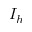
I _ { h }